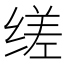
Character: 𬘷